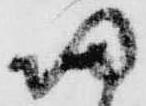
帰